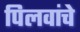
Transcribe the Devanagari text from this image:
पिलवांचे